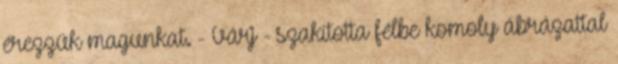
érezzük magunkat. - Várj - szakította félbe komoly ábrázattal